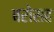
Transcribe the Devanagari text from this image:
बरोसह